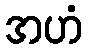
အဟံ